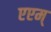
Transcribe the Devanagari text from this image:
एएम्